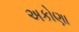
અકોણા